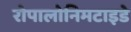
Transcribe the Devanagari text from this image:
रोपालोनिमटाइडे